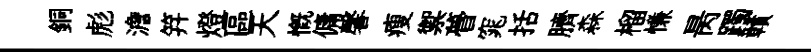
銅彪澹笄燈區天慨傭馨瘦禦瞢窕括臍森榴慊昺躅贛